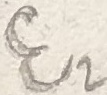
Text: E2